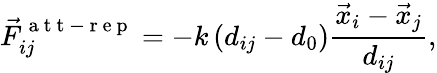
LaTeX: \vec{F}_{ij}^{\mathrm{~a~t~t~-~r~e~p~}}=-k\left(d_{ij}-d_{0}\right)\frac{\vec{x}_{i}-\vec{x}_{j}}{d_{ij}},